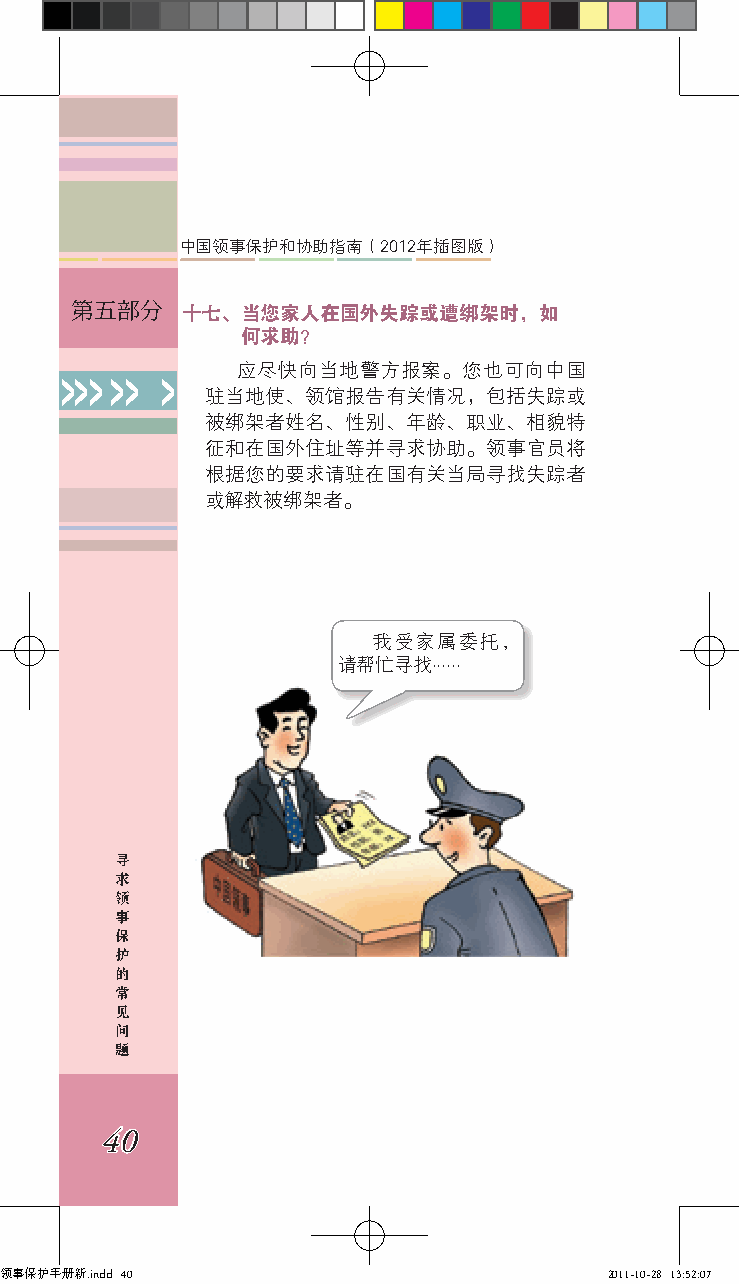
中国领事保护和协助指南（2012年插图版）
 第五部分   十七、当您家人在国外失踪或遭绑架时，如
 何求助？
 应尽快向当地警方报案。您也可向中国
 >>> >> >
 驻当地使、领馆报告有关情况，包括失踪或
 被绑架者姓名、性别、年龄、职业、相貌特
 征和在国外住址等并寻求协助。领事官员将
 根据您的要求请驻在国有关当局寻找失踪者
 或解救被绑架者。
 我受家属委托，
 请帮忙寻找......
 寻
 求
 领
 事
 保
 护
 的
 常
 见
 问
 题
 40
 领事保护手册新.indd 40                         2011-10-28 13:52:07